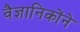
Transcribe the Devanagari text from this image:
वैज्ञानिकोंने